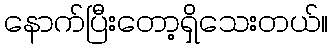
နောက်ပြီးတော့ရှိသေးတယ်။